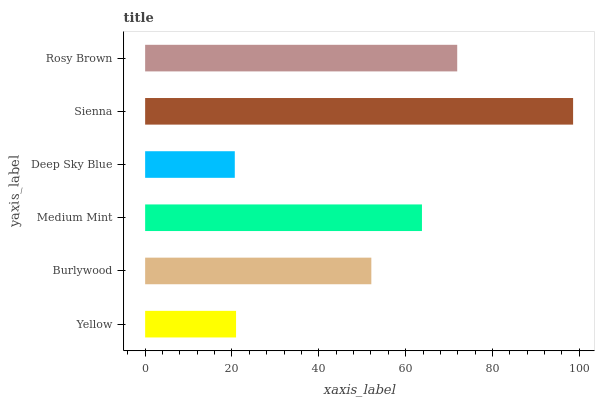
| yaxis_label | bars |
 | --- | --- |
 | Yellow | 20.9 |
 | Burlywood | 52.1 |
 | Medium Mint | 63.7 |
 | Deep Sky Blue | 20.6 |
 | Sienna | 98.6 |
 | Rosy Brown | 71.9 |